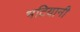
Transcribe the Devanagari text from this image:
भटियानी